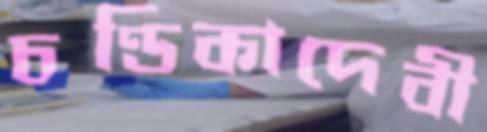
চণ্ডিকাদেবী